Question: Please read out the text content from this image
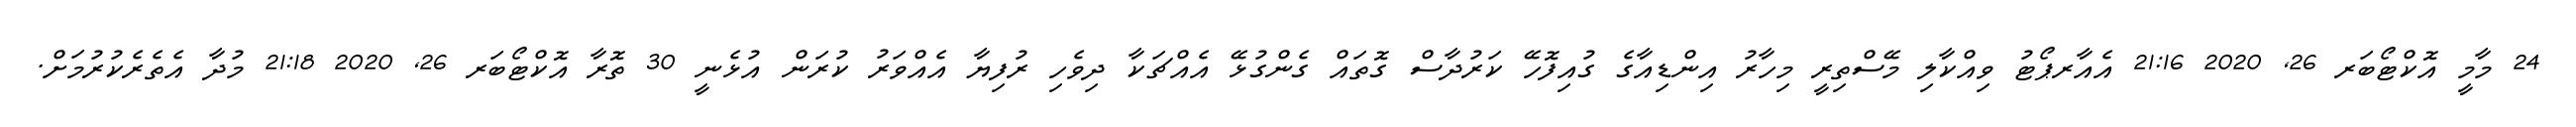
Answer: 24 މާމީ އޮކްޓޯބަރ 26, 2020 21:16 އެއާރޕޯޓު ވިއްކާލި މޭސްތިރީ މިހާރު އިންޑިއާގެ ގުއިފޮހޭ ކަރުދާސް ގޮތައް ގެންގުޅޭ އެއްޗަކާ ދިވެހި ރުފިޔާ އެއްވަރު ކުރަން އުޅެނީ 30 ތޮރާ އޮކްޓޯބަރ 26, 2020 21:18 މުދާ އެތެރެކުރުމަށް.